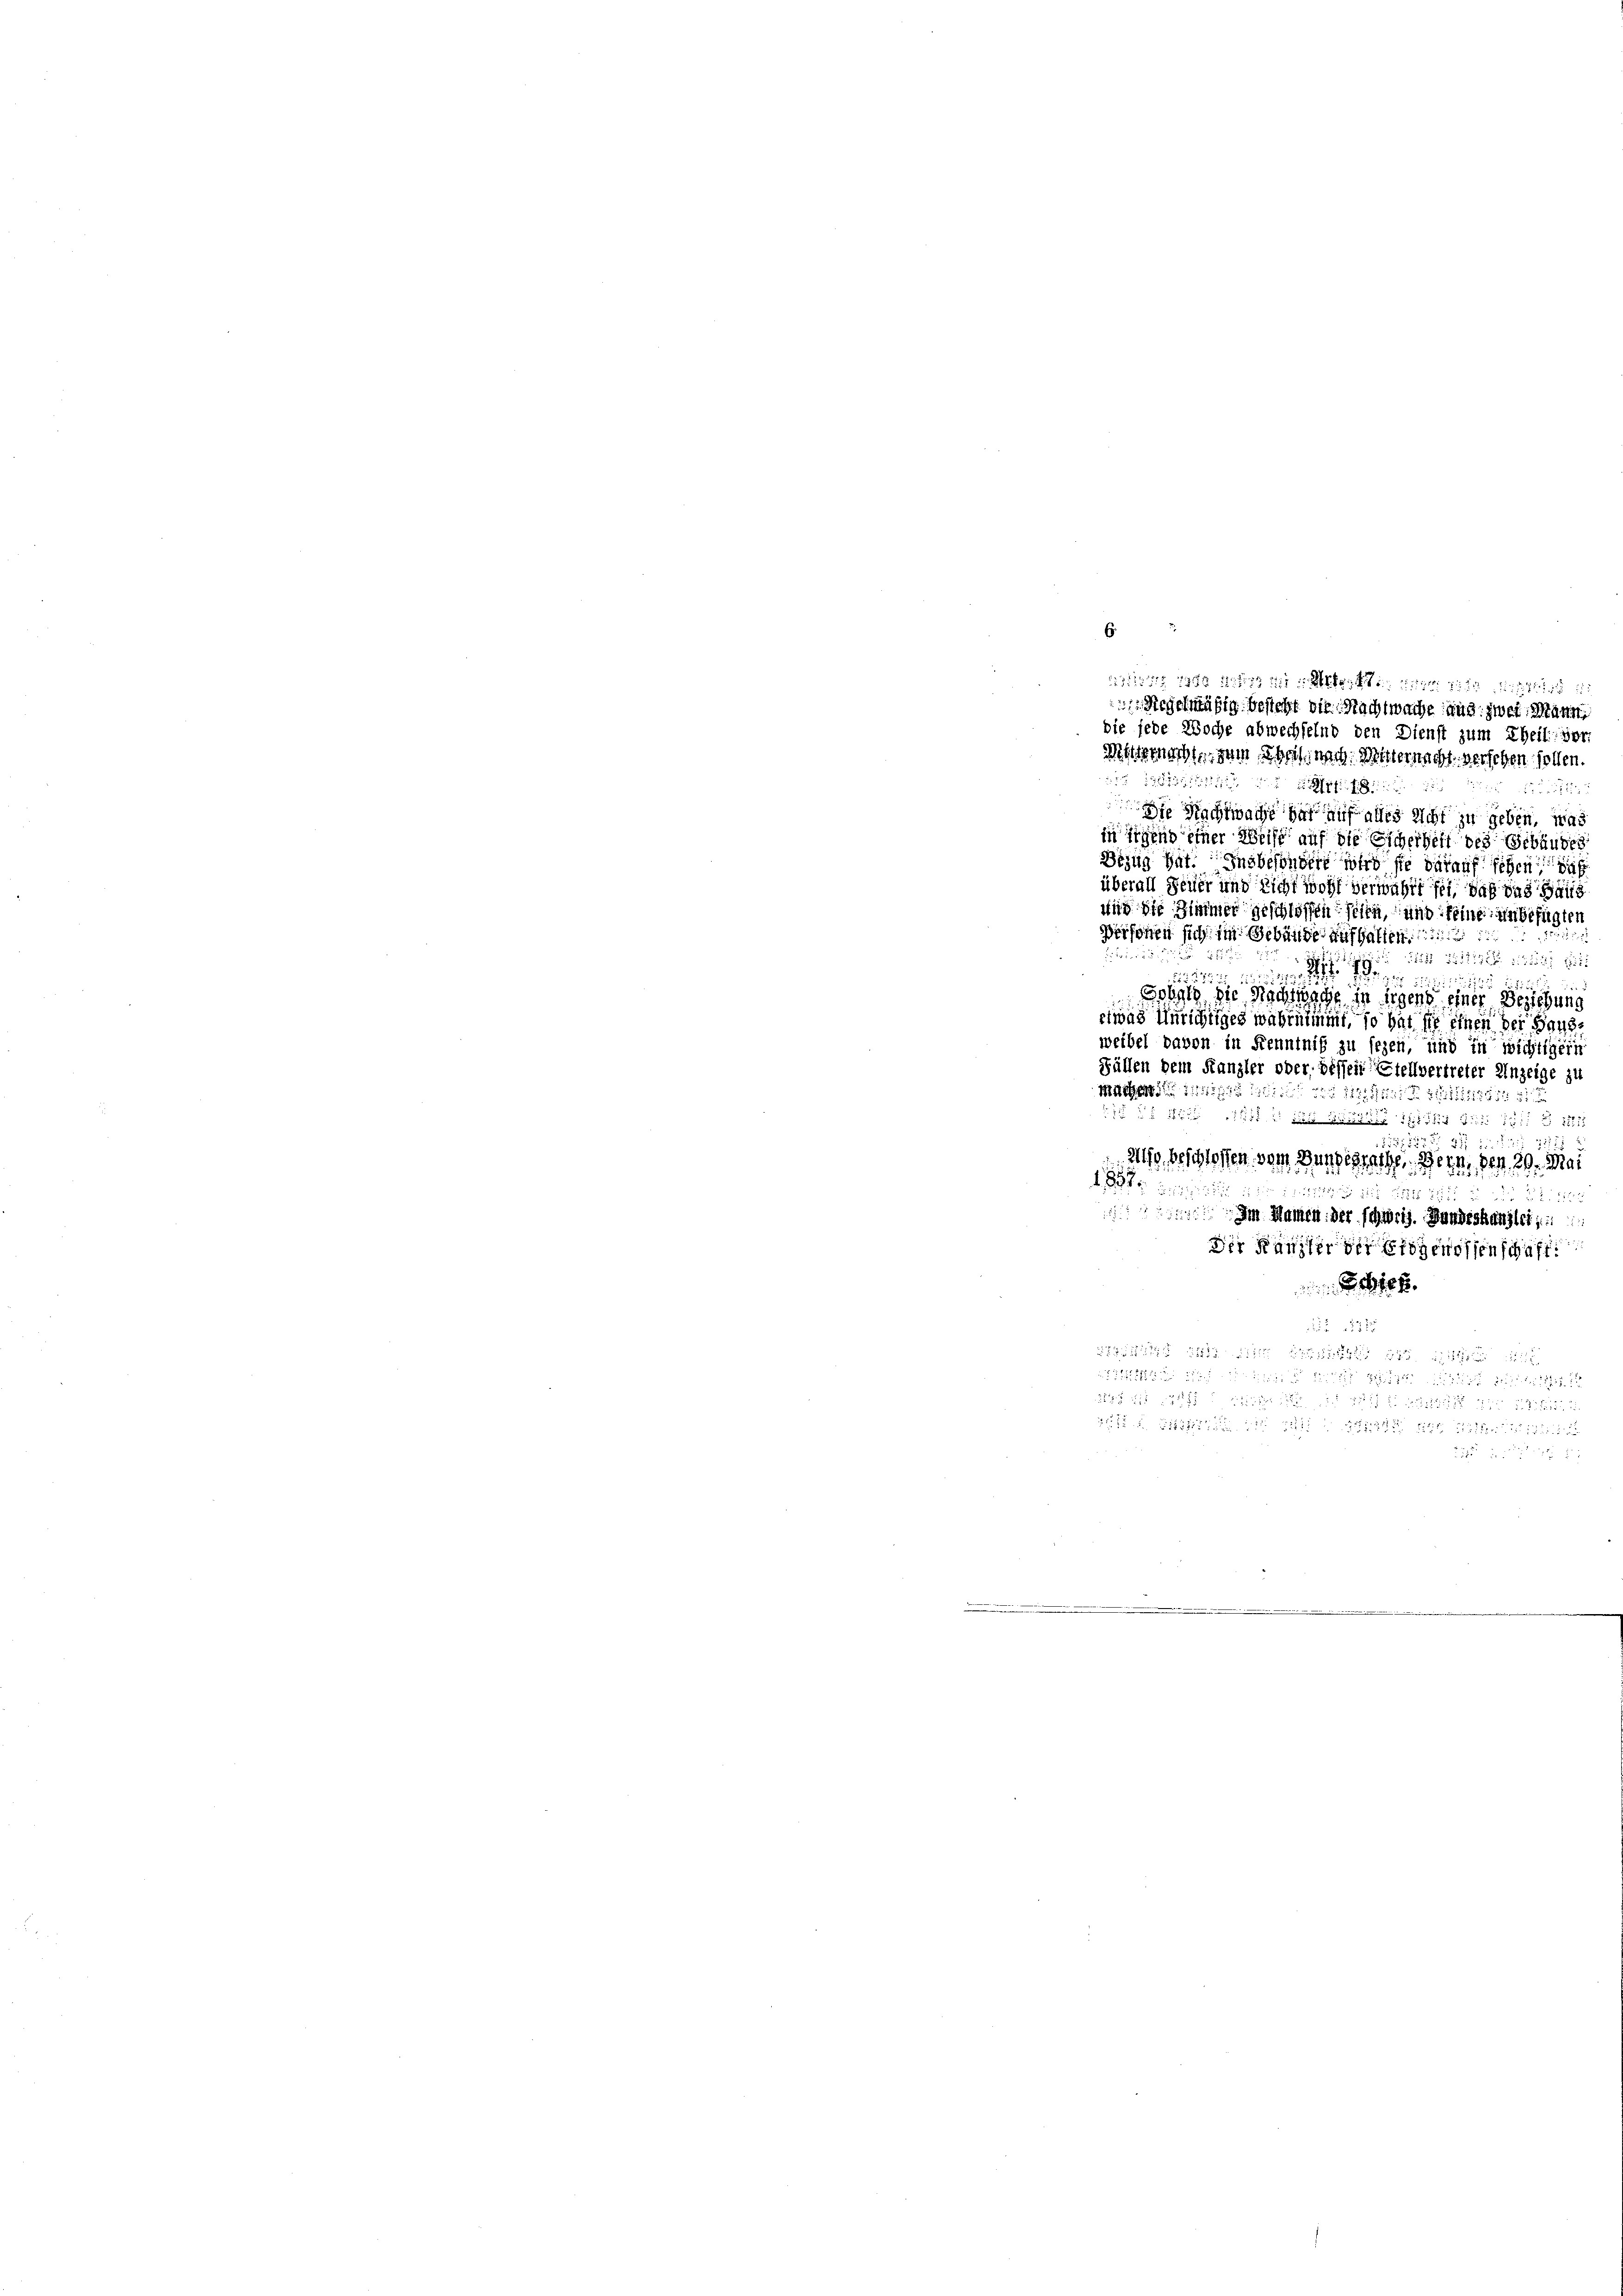
iz 1850 die in Arbeit
Riegelmäßig besteht die Nachtwache aus zwei Mann
die jede Woche abwechselnd den Dienst zum Theil vor
mnachte dem hoch, nach Mitternacht versehen sollen.
 utilit

Die Rechtwache hat auf alles nicht zu geben, was
in irgend einer Weise auf die Escherheit des Gebäudes
Bezug hat. Insbesondert wird sie darauf sehen sic
überall Feuer und Richt wohl verwahrt sei, daß das Haus
und die Zimmer geschlossen seien, und feine unbefügten
Personen sich im Gebäude aufhalten
Prteier u
21821 2111 1525/9 1811.
2111151545581
1 11 des Zusti 1888 f 15 1172
zi
255
2 beschlossen vom Bundesrathe ein den 20. Mai

75
o 2. 1125
Im Namen der schweiz. Handeskanzlei,
Der Kanzler der Eidgenossenschaft
e
 232
 112 die Aus 284. 142

 ich
pfe u. Bist in 141. 521 t Möller Stipend

s
 . . . . . .
Sobald die Nachstage in irgens einer Beziehung
etwas Unrichtiges wahrnimmt, so hat sie einen der Hausweibel davon in Kenntniß zu sezen, und in wichtigern
Fällen dem Kanzler oder bessen Stellvertreter Anzeige zu
macher        1821

5